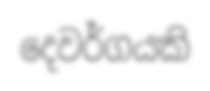
දෙවර්ගයකි